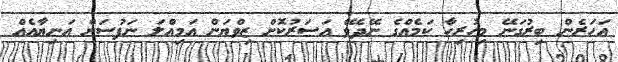
އަހަރެން ބިރުގަނޭ މިހުރިހާ ކަމެއްގެ ނޭދެވޭ އަސަރުކޮށް ޒިވްޔަން އަމިއްލަ ނަފުސަށް އަނިޔާއެއް